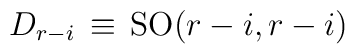
D_{r-i} \, \equiv \, \mathrm{SO}(r-i,r-i)